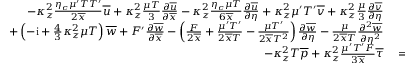
\begin{array} { r l } { - \kappa _ { z } ^ { 2 } \frac { \eta _ { c } \mu ^ { \prime } T T ^ { \prime } } { 2 \overline { { x } } } \overline { { u } } + \kappa _ { z } ^ { 2 } \frac { \mu T } { 3 } \frac { \partial \overline { { u } } } { \partial \overline { { x } } } - \kappa _ { z } ^ { 2 } \frac { \eta _ { c } \mu T } { 6 \overline { { x } } } \frac { \partial \overline { { u } } } { \partial \eta } + \kappa _ { z } ^ { 2 } \mu ^ { \prime } T ^ { \prime } \overline { { v } } + \kappa _ { z } ^ { 2 } \frac { \mu } { 3 } \frac { \partial \overline { { v } } } { \partial \eta } } & { { } } \\ { + \left( - \mathrm { i } + \frac { 4 } { 3 } \kappa _ { z } ^ { 2 } \mu T \right) \overline { { w } } + F ^ { \prime } \frac { \partial \overline { { w } } } { \partial \overline { { x } } } - \left( \frac { F } { 2 \overline { { x } } } + \frac { \mu ^ { \prime } T ^ { \prime } } { 2 \overline { { x } } T } - \frac { \mu T ^ { \prime } } { 2 \overline { { x } } T ^ { 2 } } \right) \frac { \partial \overline { { w } } } { \partial \eta } - \frac { \mu } { 2 \overline { { x } } T } \frac { \partial ^ { 2 } \overline { { w } } } { \partial \eta ^ { 2 } } } & { { } } \\ { - \kappa _ { z } ^ { 2 } T \overline { { p } } + \kappa _ { z } ^ { 2 } \frac { \mu ^ { \prime } T ^ { \prime } F } { 3 \overline { { x } } } \overline { { \tau } } } & { { } = 0 . } \end{array}